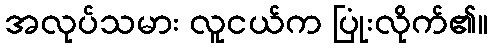
အလုပ်သမား လူငယ်က ပြုံးလိုက်၏။